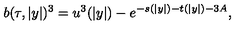
b ( \tau , | y | ) ^ { 3 } = u ^ { 3 } ( | y | ) - e ^ { - s ( | y | ) - t ( | y | ) - 3 A } ,